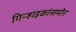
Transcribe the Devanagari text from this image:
गिऱ्हाइकांसमोर